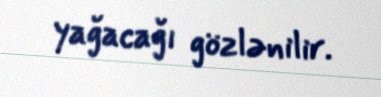
yağacağı gözlənilir.